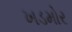
ખડમોર